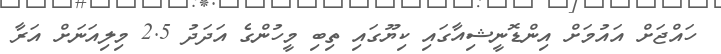
ހައްޖަށް އައުމަށް އިންޑޮނީޝިއާގައި ކިޔޫގައި ތިބި މީހުންގެ އަދަދު 2.5 މިލިއަނަށް އަރާ